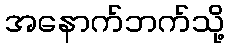
အနောက်ဘက်သို့